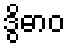
ဒွိဓာဝ